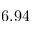
6 . 9 4